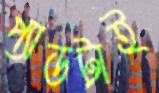
প্যাডটাই